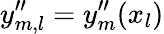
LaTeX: y_{m,l}^{\prime\prime}=y_{m}^{\prime\prime}(x_{l})